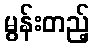
မွန်းတည့်